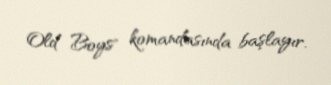
Old Boys" komandasında başlayır.